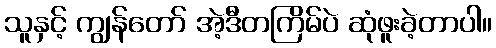
သူနှင့် ကျွန်တော် အဲ့ဒီတကြိမ်ပဲ ဆုံဖူးခဲ့တာပါ။